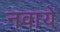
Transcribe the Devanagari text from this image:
नवाये